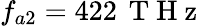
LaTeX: f_{a2}=422\, \mathrm{~T~H~z~}